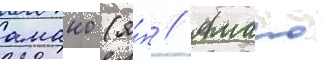
амано (я́п // Амано